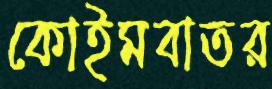
কোইমবাতর